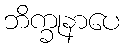
ဘိက္ခုနာပေ